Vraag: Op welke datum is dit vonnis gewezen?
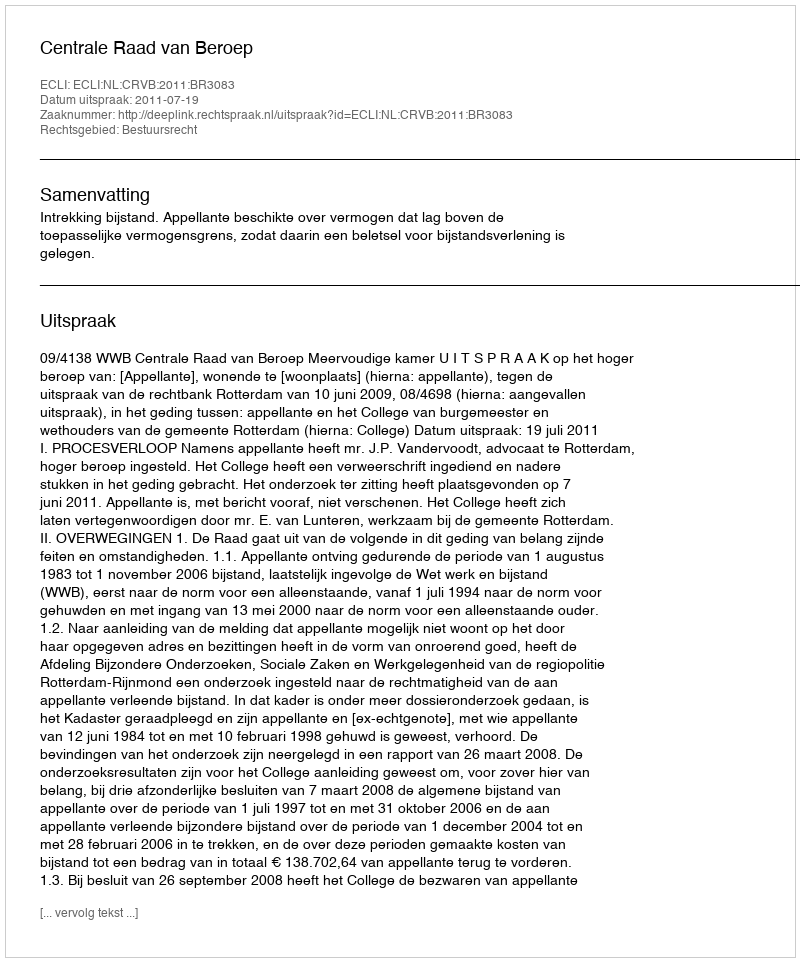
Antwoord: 2011-07-19